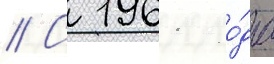
// С 1961 го́да